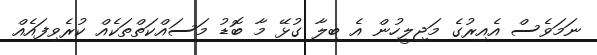
ނަމަވެސް އެއިރުގެ މަޖިލީހުން އެ ބިލާ ގުޅޭ މާ ބޮޑު މަސައްކަތްތަކެއް ކުރެވިފައެއް